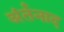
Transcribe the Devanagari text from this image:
अंर्तनाद